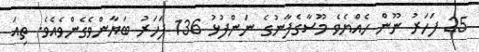
25 ފަހަރު ނޫން ހެއްޔެވެ މޫސާގެފާނުގެ ނަންފުޅު 136 ފަހަރު ބަޔާންވެގެންވެއެވެ. ތިއަ